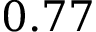
0 . 7 7